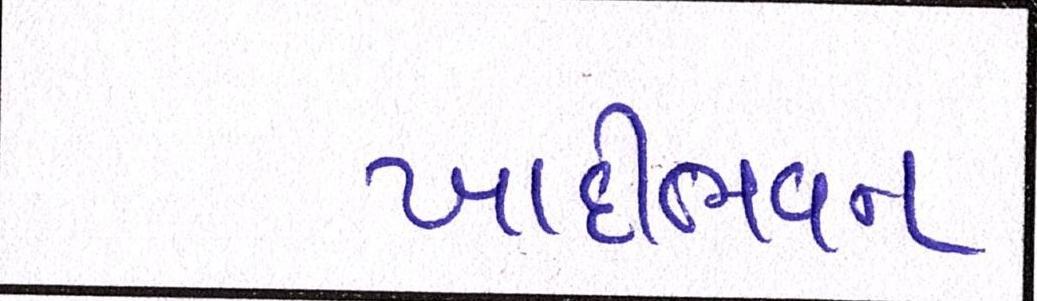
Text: ખાદીભવન